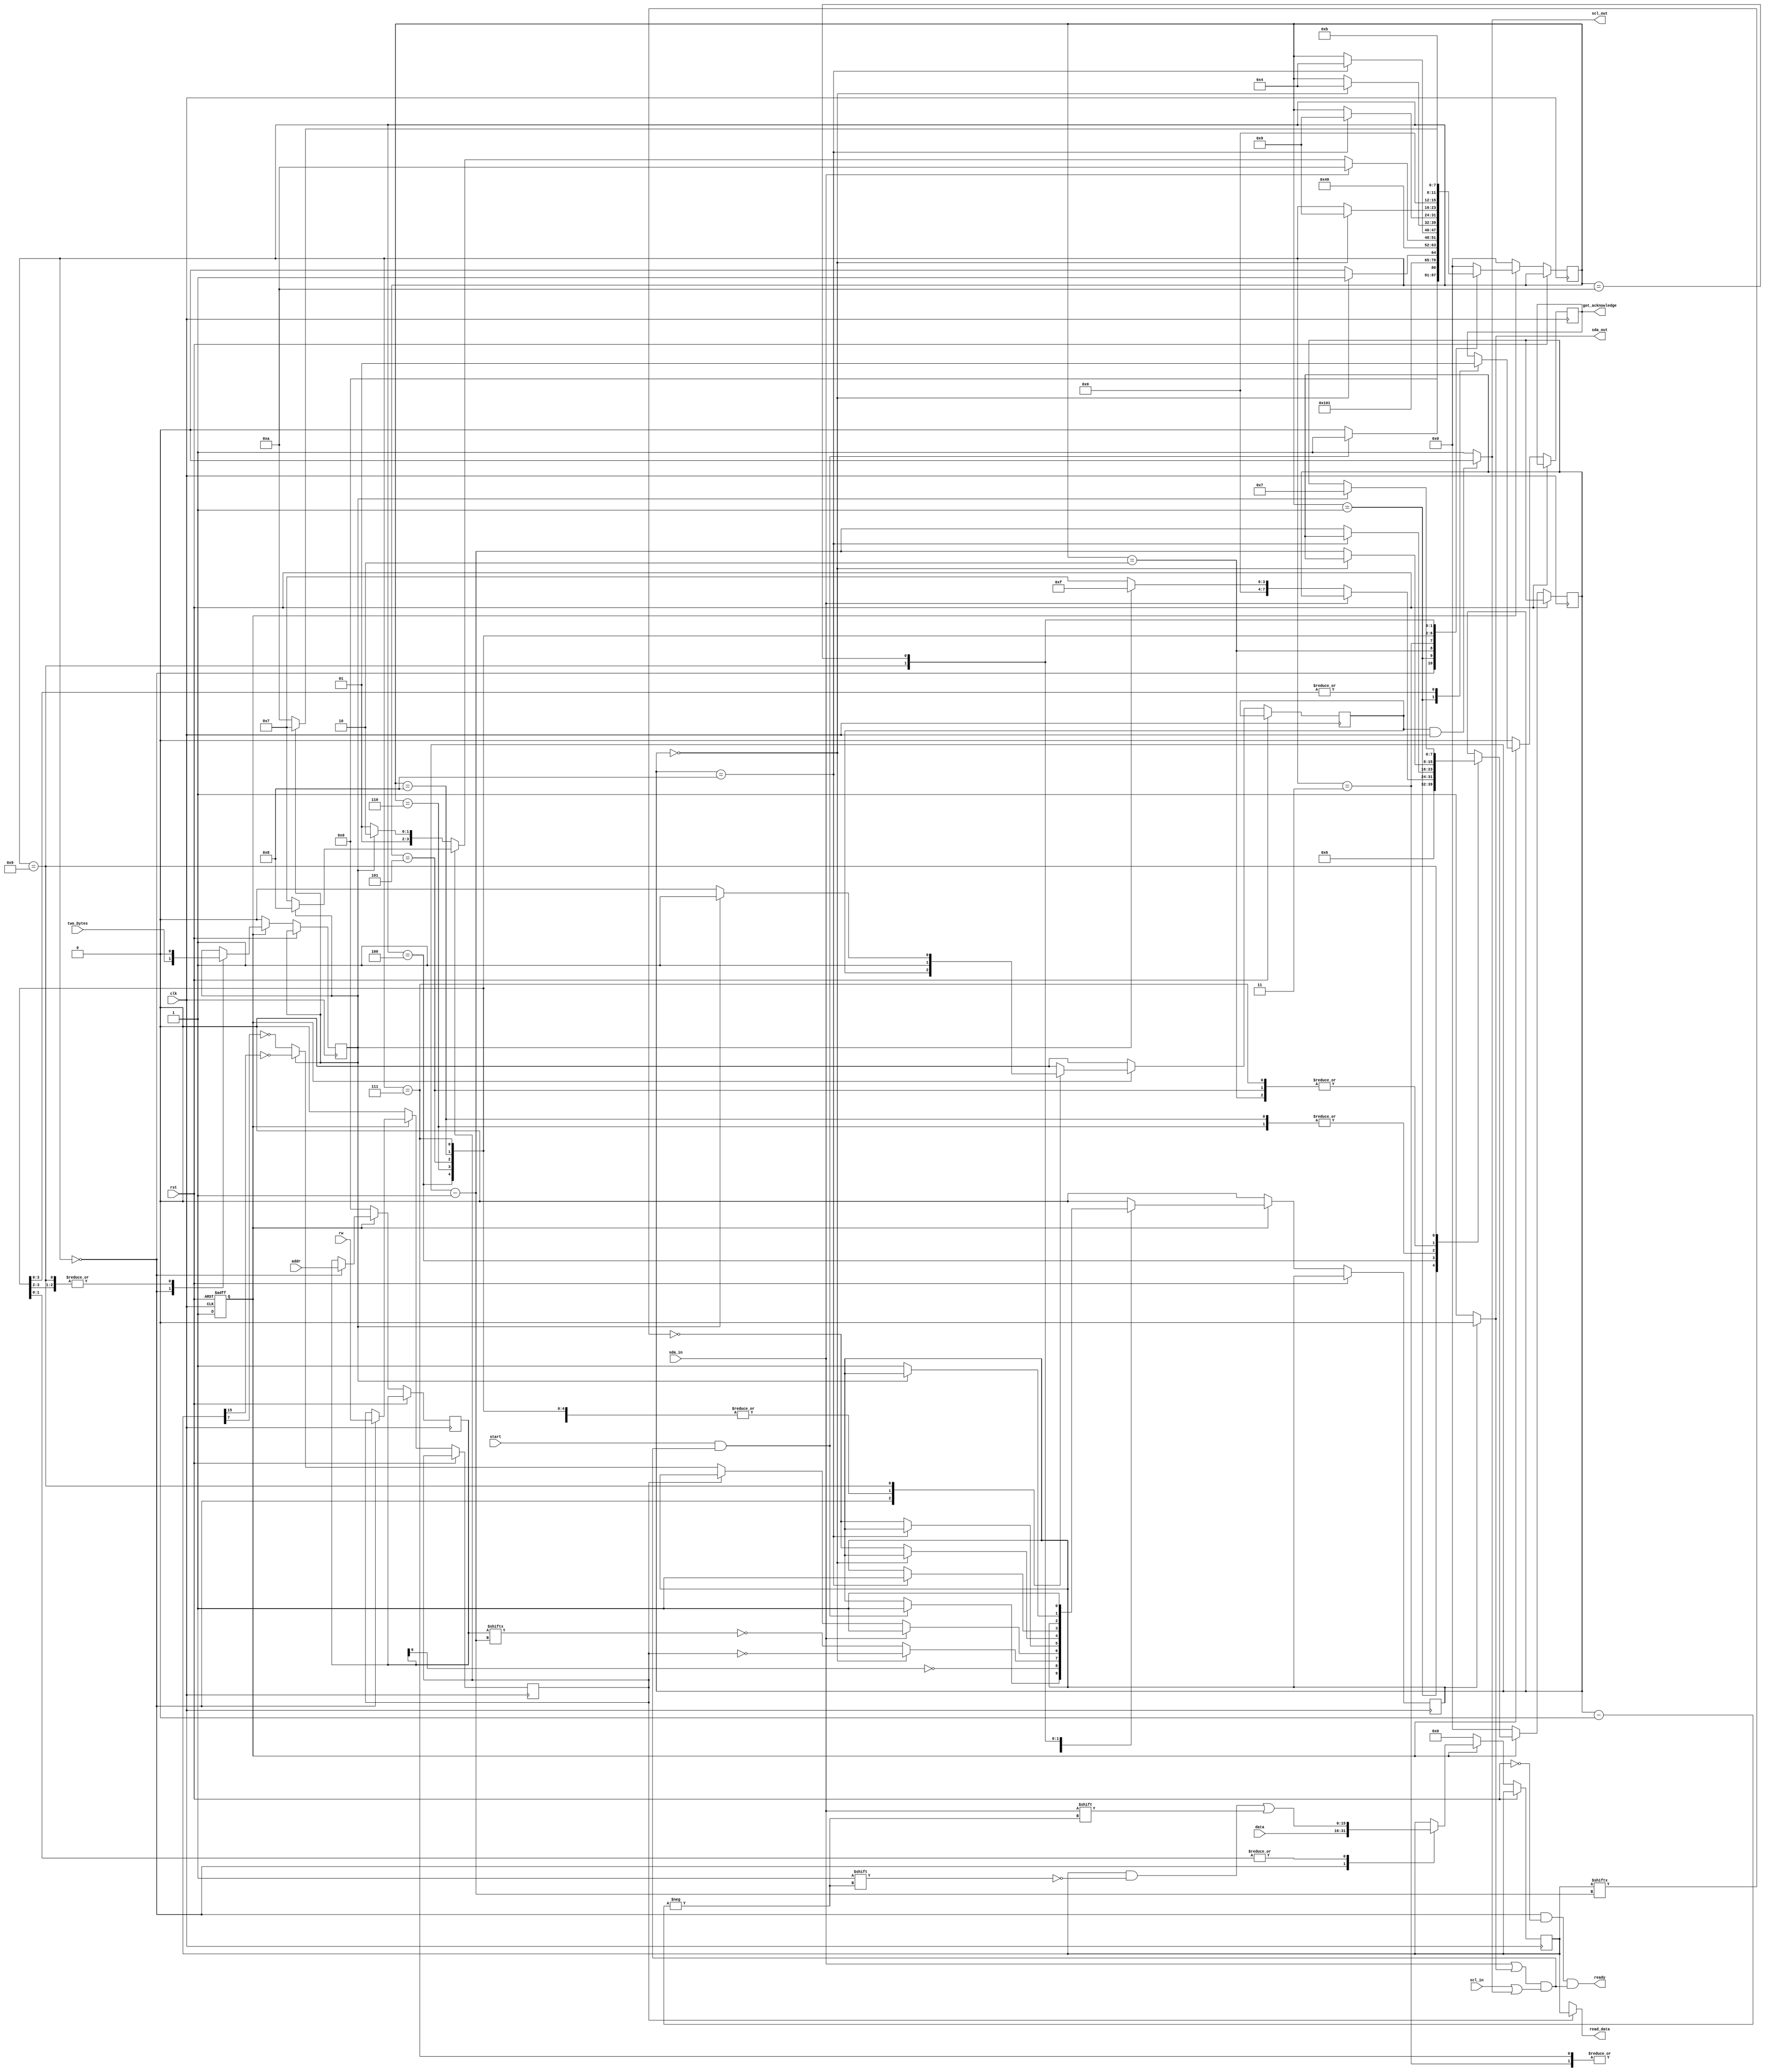

module i2c (
input wire [15:0] data, /* Set this to the data we want to send to the slave. If we are reading this should be 16'd0 */
input wire [6:0] addr, /* Set this to the address of the slave. */
input wire clk,
input wire rst,
input wire start,
input wire two_bytes, /* Set this to 1 for reading or writing two data bytes. 0 means only read or write one data byte */
input wire rw, /* 0 = write, 1 = read */
input wire sda_in,
input wire scl_in,
output wire sda_out,
output wire scl_out,
output wire [15:0] read_data, /* This is set to the data retrieved from the slave */
output wire ready,
output wire got_acknowledge
);

localparam [7:0] STATE_IDLE = 8'd0, STATE_START = 8'd1, STATE_ADDR = 8'd2, STATE_RW = 8'd3, STATE_SLAVE_WACK = 8'd4, STATE_W_LSBYTE = 8'd5, STATE_W_MSBYTE = 8'd6, STATE_R_LSBYTE = 8'd7, STATE_R_MSBYTE = 8'd8, STATE_MASTER_WACK = 8'd9, STATE_STOP1 = 8'd10, STATE_STOP2 = 8'd11;
reg [15:0] latched_data;
reg [7:0] state, next_state, count, next_count;
reg [6:0] latched_addr;
reg latched_two_bytes;
reg scl_enable, next_scl_enable, sda_enable, next_sda_enable, latched_rw;
reg initialized;
reg slave_acknowledged;

wire sda_and_scl_high = (sda_in == 1'b1 || sda_out == 1'b1) && (scl_in == 1'b1 || scl_out == 1'b1);
  
// OUTPUT COMBINATIONAL LOGIC
assign sda_out = sda_enable ? 1'b0 : 1'b1;
assign scl_out = scl_enable && clk ? 1'b0 : 1'b1;
assign ready = (state == STATE_IDLE) && !(rst) && sda_and_scl_high;
assign read_data = latched_rw ? latched_data : 16'bxxxxxxxxxxxxxxxx;
assign got_acknowledge = slave_acknowledged;

// UPDATE STATE SEQUENTIAL LOGIC
always@(posedge clk or posedge rst)
begin
  if(rst) initialized <= 1'd0;
  else if (initialized)
  begin
    state <= next_state;
    count <= next_count;
    sda_enable <= next_sda_enable;
    scl_enable <= next_scl_enable;
    case(state)
      STATE_IDLE:
      begin
        latched_addr <= addr;
        latched_data <= data;
        latched_rw <= rw;
        latched_two_bytes <= two_bytes;
      end
      STATE_START:
      begin
        slave_acknowledged <= 1'b0;
      end
      STATE_W_MSBYTE, STATE_W_LSBYTE:
      begin
        latched_two_bytes <= 1'b0;
        slave_acknowledged <= 1'b1;
      end
      STATE_R_MSBYTE, STATE_R_LSBYTE:
      begin
        slave_acknowledged <= 1'b1;
        latched_data[count] <= (sda_in == 1'b1);
      end
      STATE_MASTER_WACK:
      begin
        latched_two_bytes <= 1'b0;
      end
      default:
      begin
        // Do nothing.
      end
    endcase
  end
  else // initialize
  begin
    state <= STATE_IDLE;
    count <= 8'd0;
    sda_enable <= 1'd0;
    scl_enable <= 1'd0;
    latched_addr <= 7'd0;
    latched_data <= 8'd0;
    latched_rw <= 1'd0;
    latched_two_bytes <= 1'd0;
    slave_acknowledged <= 1'd0;
    initialized <= 1'd1;
  end
end

// NEXT STATE COMBINATIONAL LOGIC (Only set 'next_' wires)
always@(sda_in or state or start or count or latched_rw or latched_data or latched_addr or latched_two_bytes or sda_and_scl_high)
begin
  next_state = state;
  next_count = count;
  next_scl_enable = scl_enable;
  next_sda_enable = sda_enable;
  case(state)
    STATE_IDLE:
    begin
      if(start && sda_and_scl_high)
      begin
        next_state = STATE_START;
        next_sda_enable = 1'b1;
      end
      else next_state = STATE_IDLE;
    end
    STATE_START:
    begin
      next_state = STATE_ADDR;
      next_count = 8'd6;
      next_sda_enable = ~latched_addr[next_count];
      next_scl_enable = 1'b1;
    end
    STATE_ADDR:
    begin
      if(count == 0)
      begin
        next_state = STATE_RW;
        next_sda_enable = ~latched_rw;
      end
      else
      begin
        next_state = STATE_ADDR;
        next_count = count - 8'd1;
      next_sda_enable = ~latched_addr[next_count]; // has to be after count - 1
    end
    next_scl_enable = 1'b1;
  end

  STATE_RW:
  begin
    next_state = STATE_SLAVE_WACK;
    next_scl_enable = 1'b1;
  end

  STATE_SLAVE_WACK: // slave pulls sda low for ack.
  begin
    next_scl_enable = 1'b1;
    if(sda_in == 1'b1) // ~ACK
    begin
      next_state = STATE_STOP1;
      next_sda_enable = 1'b1;
      next_scl_enable = 1'b1;
    end
    else // ACK
    begin
      if(latched_rw) // reading (1 = reading)
      begin
        if(latched_two_bytes)
        begin
          next_state = STATE_R_MSBYTE;
          next_count = 8'd15;
        end
        else
        begin
          next_state = STATE_R_LSBYTE;
          next_count = 8'd7;
        end
      end
      else // writing (0 = writing)
      begin
        if(latched_two_bytes)
        begin
          next_state = STATE_W_MSBYTE;
          next_count = 8'd15;
          next_sda_enable = ~latched_data[next_count];
        end
        else
        begin
          next_state = STATE_W_LSBYTE;
          next_count = 8'd7;
          next_sda_enable = ~latched_data[next_count];
        end
      end
    end
  end

  STATE_W_MSBYTE:
  begin
    if(count == 8)
    begin
      next_state = STATE_SLAVE_WACK;
    end
    else
    begin
      next_count = count - 8'd1;
      next_sda_enable = ~latched_data[next_count];
    end
    next_scl_enable = 1'b1;
  end

  STATE_W_LSBYTE:
  begin
    if(count == 0)
    begin
      next_state = STATE_SLAVE_WACK;
    end
    else
    begin
      next_count = count - 8'd1;
      next_sda_enable = ~latched_data[next_count];
    end
    next_scl_enable = 1'b1;
  end

  STATE_R_MSBYTE:
  begin
    if(count == 8)
    begin
      next_state = STATE_MASTER_WACK; // Go to acknowledge
      next_sda_enable = 1'b1; // Pull sda low for acknowlege because we want to read one more byte.
    end
    else next_count = count - 8'd1;
    next_scl_enable = 1'b1;
  end

  STATE_R_LSBYTE:
  begin
    if(count == 0) next_state = STATE_MASTER_WACK; // Go to acknowledge and don't pull sda low because we're done reading bytes.
    else next_count = count - 8'd1;
    next_scl_enable = 1'b1;
  end

  STATE_MASTER_WACK:
  begin
    next_scl_enable = 1'b1;
    if(latched_two_bytes) // read another byte.
    begin
      next_state = STATE_R_LSBYTE;
      next_count = 8'd7;
    end
    else 
    begin
      next_sda_enable = 1'b1;
      next_scl_enable = 1'b0; // Keep sda low and let scl high so we can do start bit.
      next_state = STATE_STOP1; 
    end
  end

  STATE_STOP1:
  begin
    next_sda_enable = 1'b1; // Keep sda low and let scl high so we can do start bit.
    next_scl_enable = 1'b0;
    next_state = STATE_STOP2;
  end

  STATE_STOP2:
  begin
    next_sda_enable = 1'b0; // Keep sda low and let scl high so we can do start bit.
    next_scl_enable = 1'b0;
    next_state = STATE_IDLE; // Here, scl is already high, now release sda to signal stop bit and go back to idle.
  end

  default:
  begin
    next_scl_enable = 1'b0;
    next_sda_enable = 1'b0;
    next_state = STATE_IDLE;
  end

endcase

end

endmodule